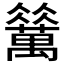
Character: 𱵻